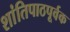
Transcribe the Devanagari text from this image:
शांतिपाठपूर्वक